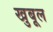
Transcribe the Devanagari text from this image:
खुबूल